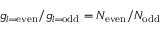
g _ { l = \mathrm { e v e n } } / g _ { l = \mathrm { o d d } } = N _ { \mathrm { e v e n } } / N _ { \mathrm { o d d } }